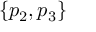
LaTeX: \{ p _ { 2 } , p _ { 3 } \}